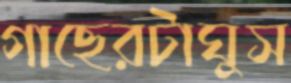
গাছেরটাঘুস